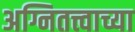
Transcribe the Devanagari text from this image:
अग्नितत्त्वाच्या